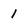
Character: 1